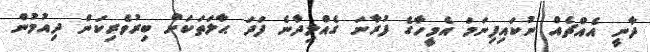
ދާނީ އެއްޗެއް ނުކައިފިނަމަ އެމީހާގެ ފުރާނަ ގެއްލިދާނެ ފަދަ ޙާލަތަކަށް ބިރުވެރިކަން ދިއުމުން